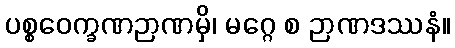
ပစ္စဝေက္ခဏဉာဏမှိ၊ မဂ္ဂေ စ ဉာဏဒဿနံ။